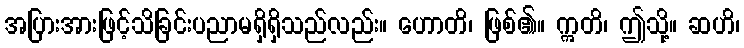
အပြားအားဖြင့်သိခြင်းပညာမရှိရှိသည်လည်း။ ဟောတိ၊ ဖြစ်၏။ ဣတိ၊ ဤသို့။ ဆဟိ၊